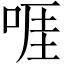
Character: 啀